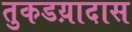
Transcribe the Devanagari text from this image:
तुकडय़ादास